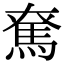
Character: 𩢙